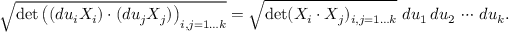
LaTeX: { \sqrt { \operatorname* { d e t } \left( ( d u _ { i } X _ { i } ) \cdot ( d u _ { j } X _ { j } ) \right) _ { i , j = 1 \dots k } } } = { \sqrt { \operatorname* { d e t } ( X _ { i } \cdot X _ { j } ) _ { i , j = 1 \dots k } } } \; d u _ { 1 } \, d u _ { 2 } \, \cdots \, d u _ { k } .